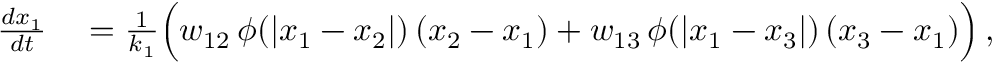
\begin{array} { r l } { \frac { d x _ { 1 } } { d t } } & { { } = \frac { 1 } { k _ { 1 } } \Big ( w _ { 1 2 } \, \phi ( | x _ { 1 } - x _ { 2 } | ) \, ( x _ { 2 } - x _ { 1 } ) + w _ { 1 3 } \, \phi ( | x _ { 1 } - x _ { 3 } | ) \, ( x _ { 3 } - x _ { 1 } ) \Big ) \, , } \end{array}